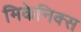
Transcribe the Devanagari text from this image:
मिकेनिक्स